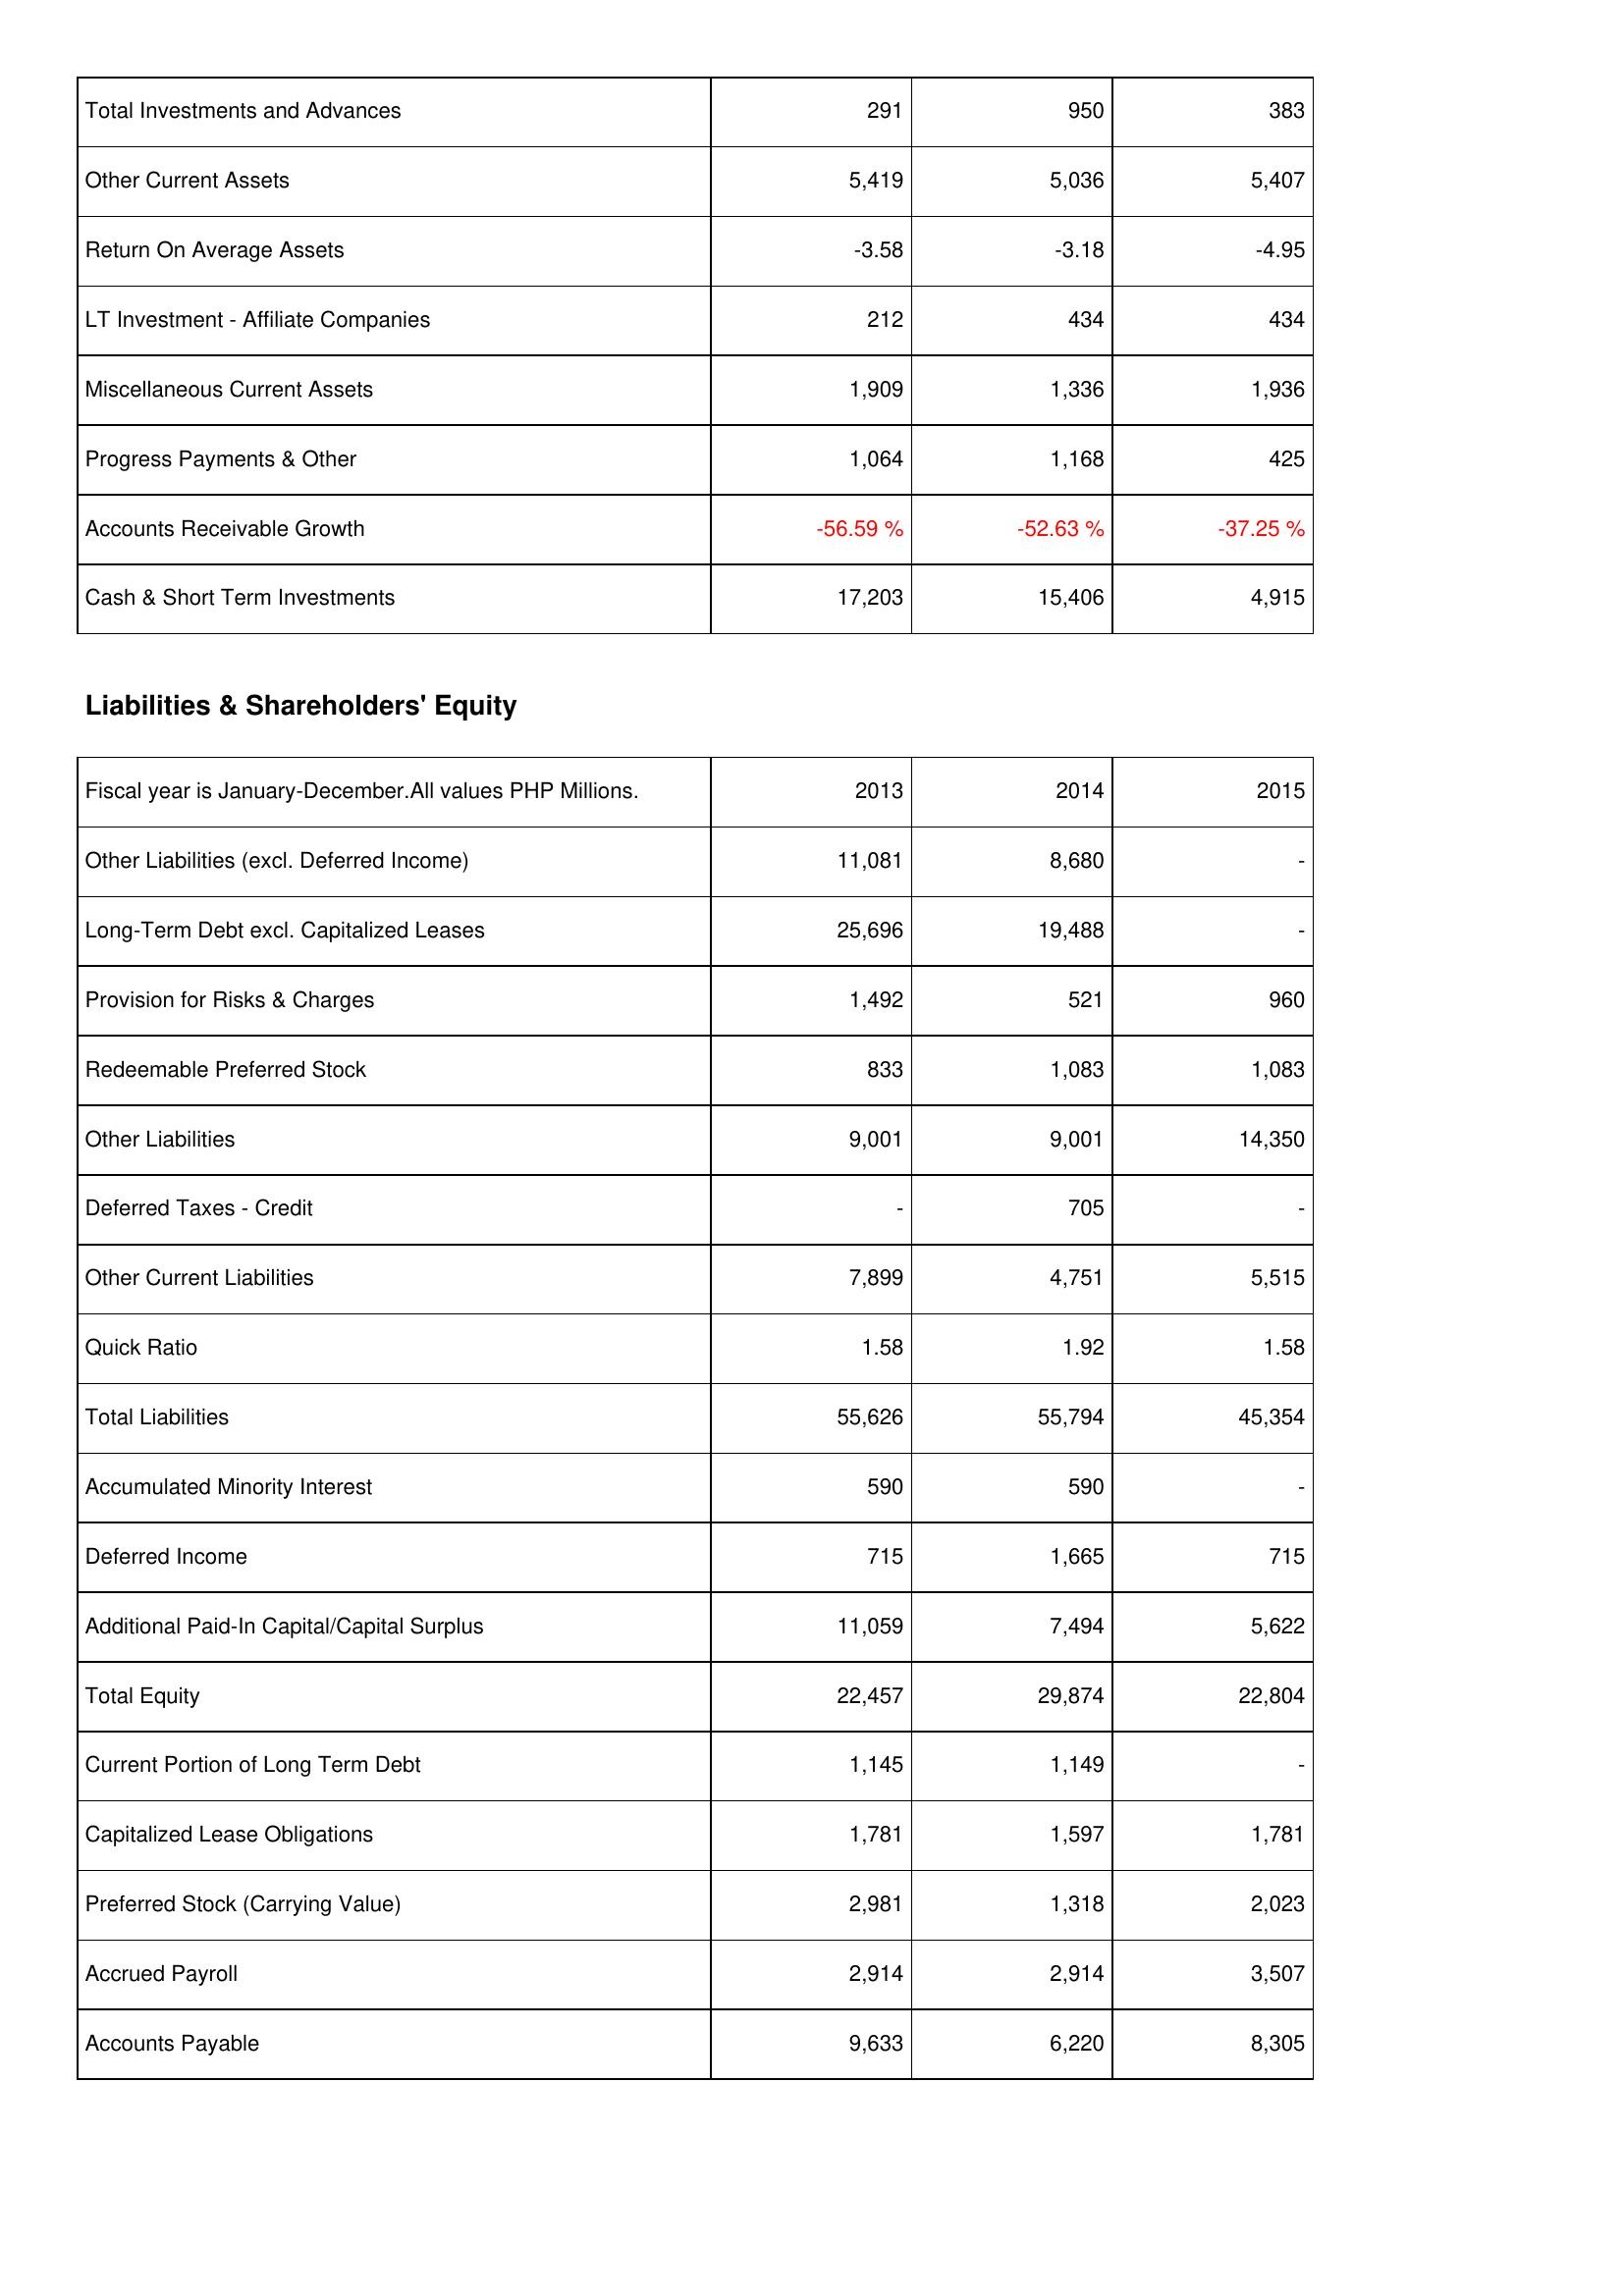
2013: Assets: Total Investments and Advances: 291
Other Current Assets: 5,419
Return On Average Assets: -3.58
LT Investment - Affiliate Companies: 212
Miscellaneous Current Assets: 1,909
Progress Payments & Other: 1,064
Accounts Receivable Growth: -56.59 %
Cash & Short Term Investments: 17,203
Liabilities & Shareholders' Equity: Other Liabilities (excl. Deferred Income): 11,081
Long-Term Debt excl. Capitalized Leases: 25,696
Provision for Risks & Charges: 1,492
Redeemable Preferred Stock: 833
Other Liabilities: 9,001
Deferred Taxes - Credit: -
Other Current Liabilities: 7,899
Quick Ratio: 1.58
Total Liabilities: 55,626
Accumulated Minority Interest: 590
Deferred Income: 715
Additional Paid-In Capital/Capital Surplus: 11,059
Total Equity: 22,457
Current Portion of Long Term Debt: 1,145
Capitalized Lease Obligations: 1,781
Preferred Stock (Carrying Value): 2,981
Accrued Payroll: 2,914
Accounts Payable: 9,633
2014: Assets: Total Investments and Advances: 950
Other Current Assets: 5,036
Return On Average Assets: -3.18
LT Investment - Affiliate Companies: 434
Miscellaneous Current Assets: 1,336
Progress Payments & Other: 1,168
Accounts Receivable Growth: -52.63 %
Cash & Short Term Investments: 15,406
Liabilities & Shareholders' Equity: Other Liabilities (excl. Deferred Income): 8,680
Long-Term Debt excl. Capitalized Leases: 19,488
Provision for Risks & Charges: 521
Redeemable Preferred Stock: 1,083
Other Liabilities: 9,001
Deferred Taxes - Credit: 705
Other Current Liabilities: 4,751
Quick Ratio: 1.92
Total Liabilities: 55,794
Accumulated Minority Interest: 590
Deferred Income: 1,665
Additional Paid-In Capital/Capital Surplus: 7,494
Total Equity: 29,874
Current Portion of Long Term Debt: 1,149
Capitalized Lease Obligations: 1,597
Preferred Stock (Carrying Value): 1,318
Accrued Payroll: 2,914
Accounts Payable: 6,220
2015: Assets: Total Investments and Advances: 383
Other Current Assets: 5,407
Return On Average Assets: -4.95
LT Investment - Affiliate Companies: 434
Miscellaneous Current Assets: 1,936
Progress Payments & Other: 425
Accounts Receivable Growth: -37.25 %
Cash & Short Term Investments: 4,915
Liabilities & Shareholders' Equity: Other Liabilities (excl. Deferred Income): -
Long-Term Debt excl. Capitalized Leases: -
Provision for Risks & Charges: 960
Redeemable Preferred Stock: 1,083
Other Liabilities: 14,350
Deferred Taxes - Credit: -
Other Current Liabilities: 5,515
Quick Ratio: 1.58
Total Liabilities: 45,354
Accumulated Minority Interest: -
Deferred Income: 715
Additional Paid-In Capital/Capital Surplus: 5,622
Total Equity: 22,804
Current Portion of Long Term Debt: -
Capitalized Lease Obligations: 1,781
Preferred Stock (Carrying Value): 2,023
Accrued Payroll: 3,507
Accounts Payable: 8,305